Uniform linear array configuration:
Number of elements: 16
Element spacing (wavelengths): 1
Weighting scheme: cosine
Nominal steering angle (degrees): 0
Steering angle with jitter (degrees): -0.2066
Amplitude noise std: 0.05
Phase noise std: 0.05

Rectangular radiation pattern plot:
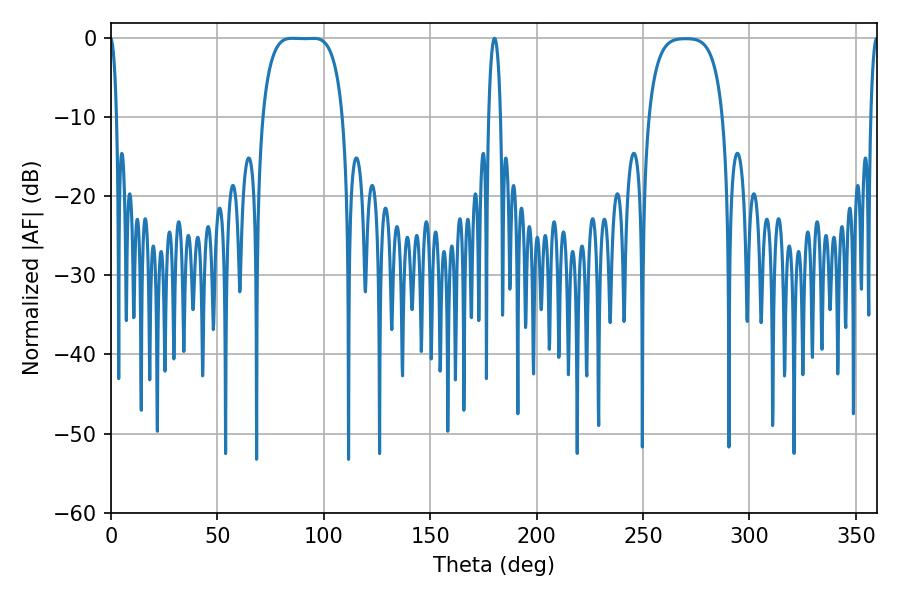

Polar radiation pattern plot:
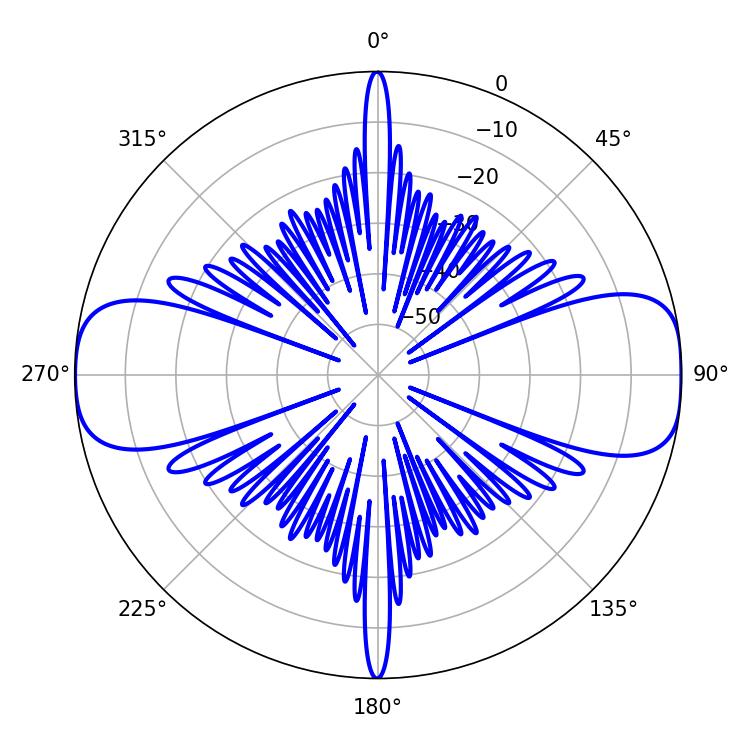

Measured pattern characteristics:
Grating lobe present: TRUE
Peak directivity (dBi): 14.674
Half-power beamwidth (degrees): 29.16
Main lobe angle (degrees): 84.96